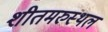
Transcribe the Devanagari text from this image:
शीतमरुस्थल